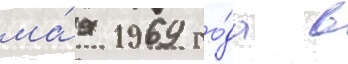
ма́я 1969 го́да в